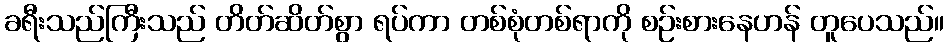
ခရီးသည်ကြီးသည် တိတ်ဆိတ်စွာ ရပ်ကာ တစ်စုံတစ်ရာကို စဉ်းစားနေဟန် တူပေသည်။